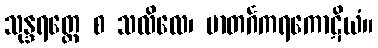
သုန္ဒရတ္တေ စ သလိလေ၊ မာတင်္ဂကရကောဋိယံ။